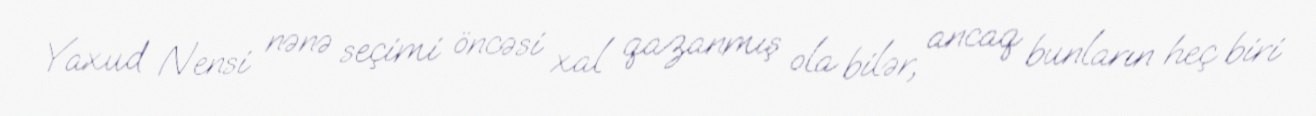
Yaxud Nensi nənə seçimi öncəsi xal qazanmış ola bilər, ancaq bunların heç biri